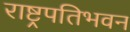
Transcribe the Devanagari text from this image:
राष्ट्रपतिभवन